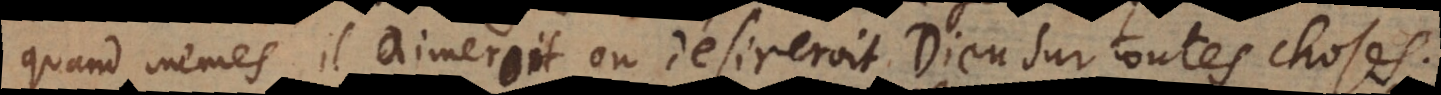
quand mêmes il aimeroit ou desireroit Dieu sur toutes choses.